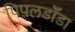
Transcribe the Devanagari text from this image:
पिपलडाँडा